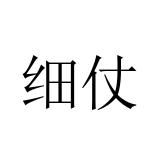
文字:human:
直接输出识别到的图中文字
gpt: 细仗